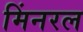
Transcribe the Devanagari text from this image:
मिंनरल